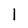
Character: 1